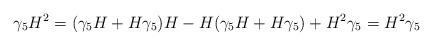
LaTeX: \begin{align*}\gamma_{5}H^{2}=(\gamma_{5}H+H\gamma_{5})H-H(\gamma_{5}H+H\gamma_{5})+ H^{2}\gamma_{5}=H^{2}\gamma_{5}\end{align*}